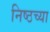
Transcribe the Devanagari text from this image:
निष्ठच्या